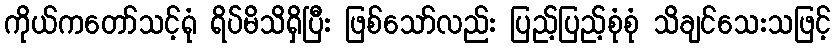
ကိုယ်ကတော်သင့်ရုံ ရိပ်မိသိရှိပြီး ဖြစ်သော်လည်း ပြည့်ပြည့်စုံစုံ သိချင်သေးသဖြင့်